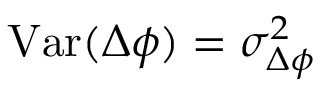
\mathrm { V a r } ( \Delta \phi ) = \sigma _ { \Delta \phi } ^ { 2 }